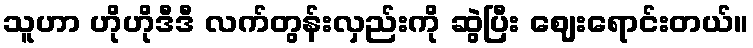
သူဟာ ဟိုဟိုဒီဒီ လက်တွန်းလှည်းကို ဆွဲပြီး ဈေးရောင်းတယ်။